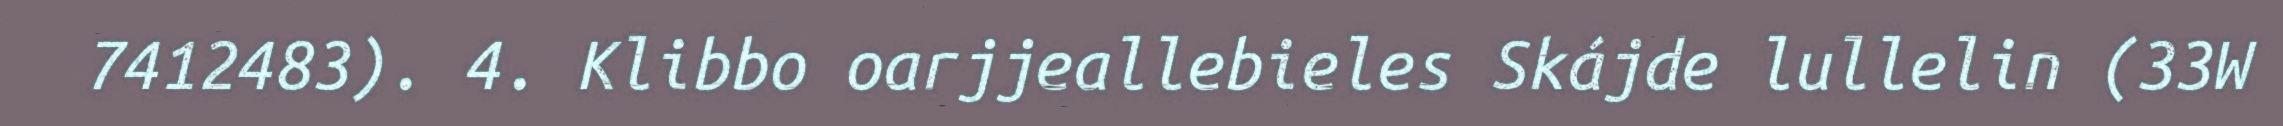
7412483). 4. Klibbo oarjjeallebieles Skájde lullelin (33W